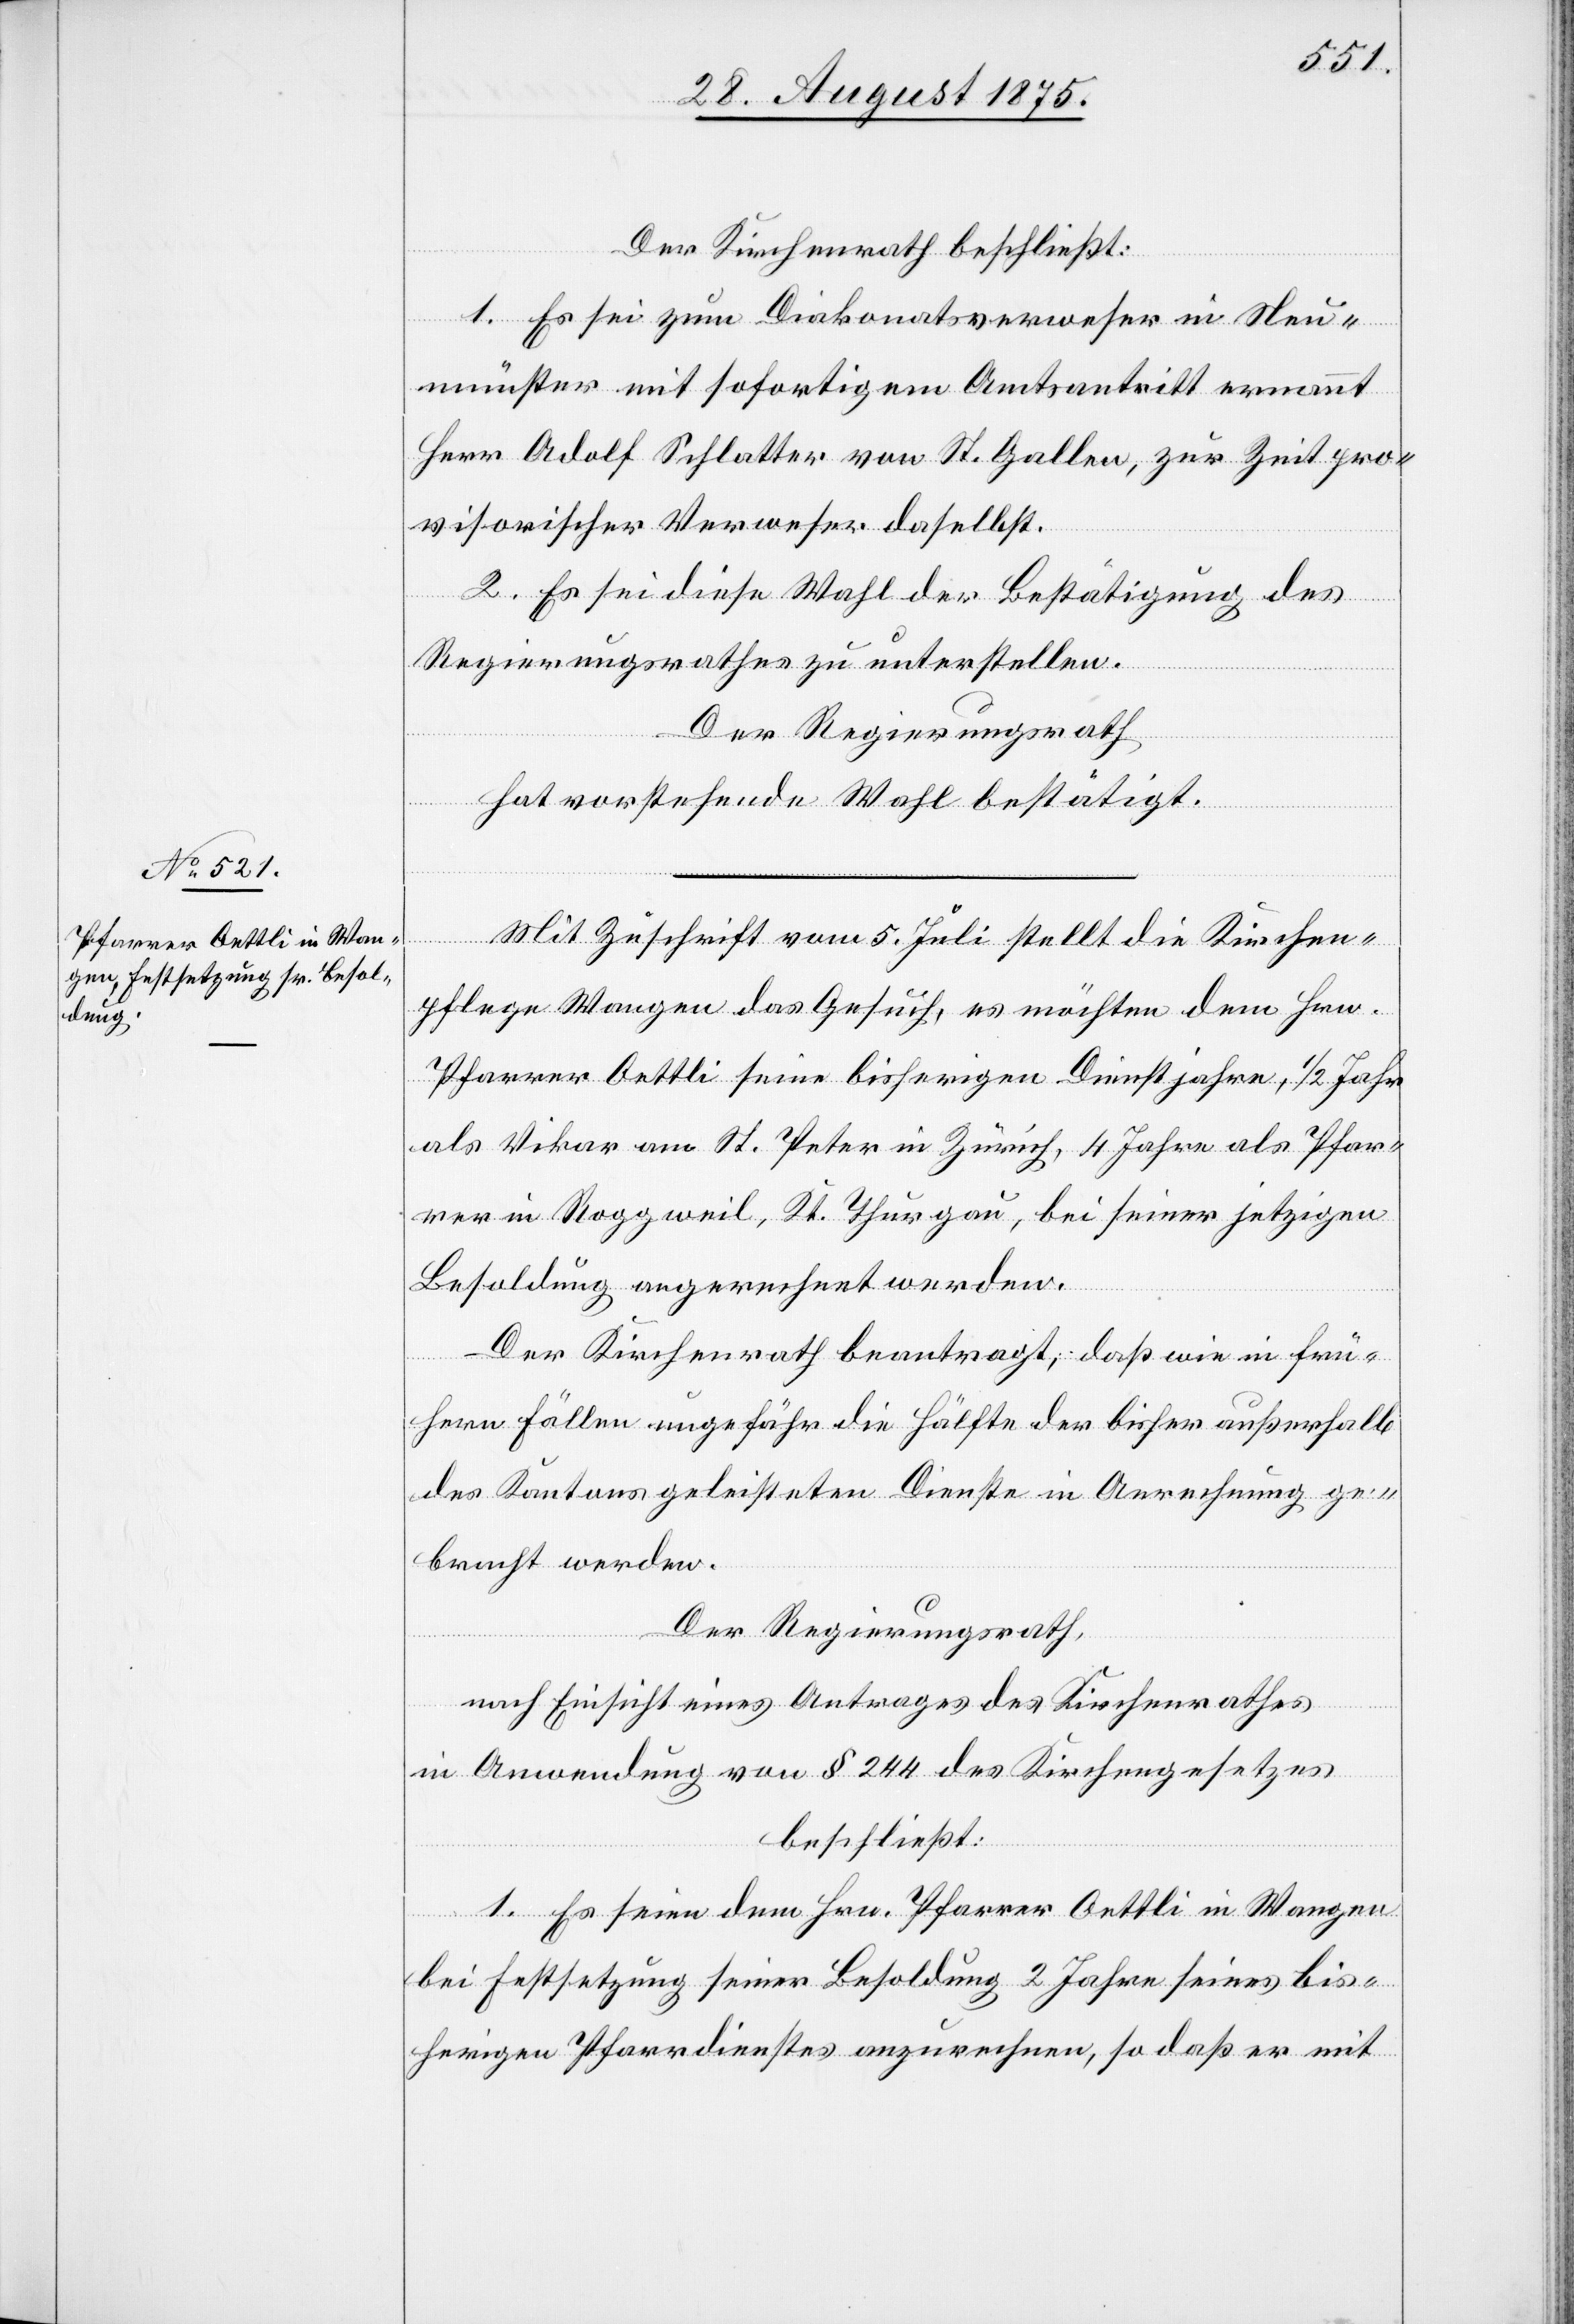
Der Kirchenrath beschließt:
1. Es sei zum Diakonatsverweser in Neu¬
münster mit sofortigem Amtsantritt ernannt
Herr Adolf Schlatter von St. Gallen, zur Zeit pro¬
visorischer Verweser daselbst.
2. Es sei diese Wahl der Bestätigung des
Regierungsrathes zu unterstellen.
Der Regierungsrath
hat vorstehende Wahl bestätigt.
Mit Zuschrift vom 5. Juli stellt die Kirchen¬
pflege Wangen das Gesuch, es möchten dem Hrn.
Pfarrer Oettli seine bisherigen Dienstjahre, 1/2 Jahr
als Vikar am St. Peter in Zürich, 4 Jahre als Pfar¬
rer in Roggweil, Kt. Thurgau, bei seiner jetzigen
Besoldung angerechnet werden.
Der Kirchenrath beantragt, daß wie in frü¬
hern Fällen ungefähr die Hälfte der bisher außerhalb
des Kantons geleisteten Dienste in Anrechnung ge¬
bracht werden.
Der Regierungsrath,
nach Einsicht eines Antrages des Kirchenrathes
in Anwendung von § 244 des Kirchengesetzes
beschließt:
1. Es seien dem Hrn. Pfarrer Oettli in Wangen
bei Festsetzung seiner Besoldung 2 Jahre seines bis¬
herigen Pfarrdienstes anzurechnen, so daß er mit